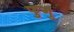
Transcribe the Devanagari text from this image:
फुगु